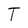
Character: T